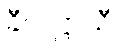
ခီလဋ္ဌာယီ